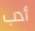
أدب